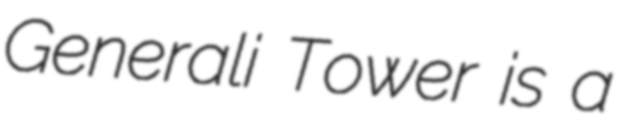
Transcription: Generali Tower is a